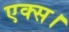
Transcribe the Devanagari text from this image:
एक्स।